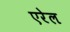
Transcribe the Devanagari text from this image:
एरेल